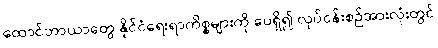
ထောင်ဘာယာတွေ နိုင်ငံရေးရာကိစ္စများကို ပေရှိ၍ လုပ်ငန်းစဉ်အားလုံးတွင်